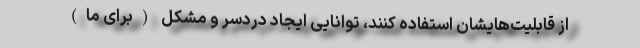
از قابلیت‌هایشان استفاده کنند، توانایی ایجاد دردسر و مشکل (برای ما)